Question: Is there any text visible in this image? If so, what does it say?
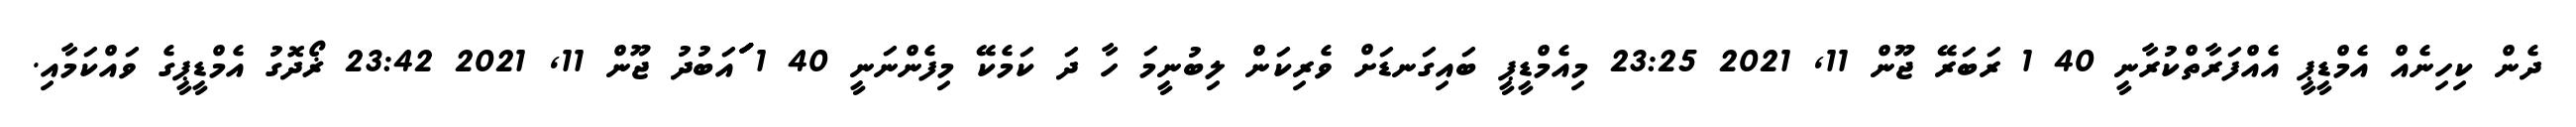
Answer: ދެން ކިހިނެއް އެމްޑީޕީ އެއްފަރާތްކުރާނީ 40 1 ރަބަރޭ ޖޫން 11, 2021 23:25 މިއެމްޑީޕީ ބައިގަނޑަށް ވެރިކަން ލިބުނީމަ ހާ ދަ ކަމެކޭ މިފެންނަނީ 40 1 ަަަަަަަަަައަބުދު ޖޫން 11, 2021 23:42 ޜޯދޮގު އެމްޑީޕީގެ ވައްކަމާއި.